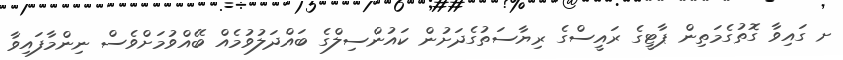
ށ ގައިވާ ގޮތުގެމަތިން ޕާޓީގެ ރައީސްގެ ރިޔާސަތުގެދަށުން ކައުންސިލްގެ ބައްދަލުވުމެއް ބޭއްވުމަށްވެސް ނިންމާފައިވާ